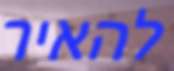
להאיר